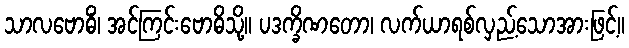
သာလဗောဓိံ၊ အင်ကြင်းဗောဓိသို့။ ပဒက္ခိဏတော၊ လက်ယာရစ်လှည့်သောအားဖြင့်။